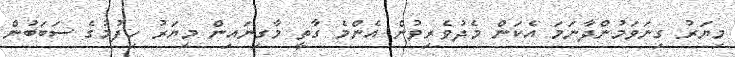
މިޔަރު ގިނަވަމުންދާނަމަ އެކަން މެދުވެރިވުން އެންމެ ގާތީ މާގިނައިން މިޔަރު ހިފުމުގެ ސަބަބުން